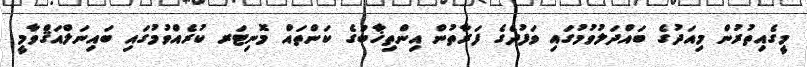
މީގެއިތުރުން މިއަދުގެ ބައްދަލުވުމުގައި ވަފުދެގެ ފަރާތުން އިންތިޚާބުގެ ކަންތައް މޮނިޓަރ ކުރެއްވުމުގައި ބައިނަލްއަޤްވާމީ